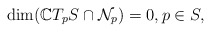
\begin{align*}\dim(\mathbb{C}T_pS \cap \mathcal{N}_p) = 0, p \in S,\end{align*}